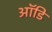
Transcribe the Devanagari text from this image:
ऑडि